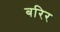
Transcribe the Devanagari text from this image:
बरिर